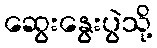
ဆွေးနွေးပွဲသို့